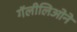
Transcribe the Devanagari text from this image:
गॅलीलिओने